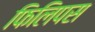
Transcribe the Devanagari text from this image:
फिलिपस